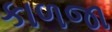
કાળજા